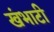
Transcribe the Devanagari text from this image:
खंभाटी